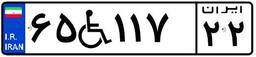
۶۵W۱۱۷۲۲